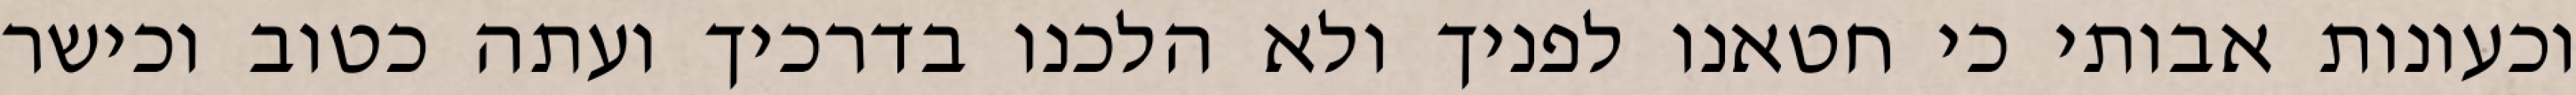
וכעונות אבותי כי חטאנו לפניך ולא הלכנו בדרכיך ועתה כטוב וכישר